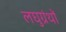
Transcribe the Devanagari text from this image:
लघुग्रंथों